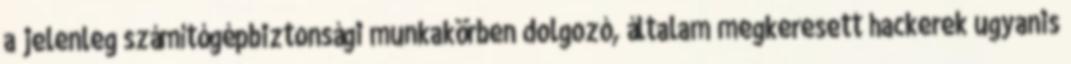
a jelenleg számítógépbiztonsági munkakörben dolgozó, általam megkeresett hackerek ugyanis